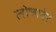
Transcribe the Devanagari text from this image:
लोचाबेर